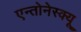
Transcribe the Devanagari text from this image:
एन्तोनेस्क्यू